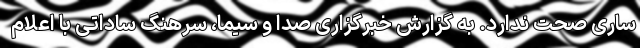
ساری صحّت ندارد. به گزارش خبرگزاری صدا و سیما، سرهنگ ساداتی با اعلام